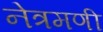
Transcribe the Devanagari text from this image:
नेत्रमणी